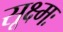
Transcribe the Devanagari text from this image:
सूक्ष्मः